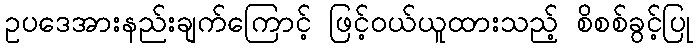
ဥပဒေအားနည်းချက်ကြောင့် ဖြင့်ဝယ်ယူထားသည့် စိစစ်ခွင့်ပြု